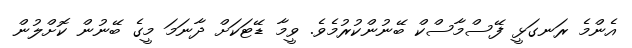
އެންމެ ރަނގަޅީ ފޭސްމާސްކް ބޭނުންކުރުމެވެ. ވީމާ ޑޭޓަކަށް ދާނަމަ މީގެ ބޭނުން ކޮށްލުން